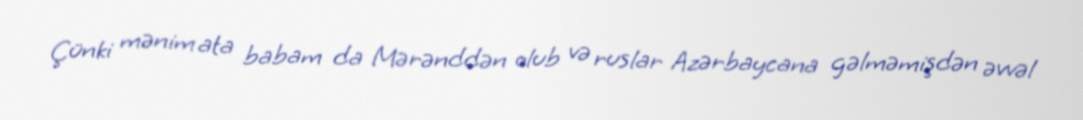
Çünki mənim ata babam da Mərənddən olub və ruslar Azərbaycana gəlməmişdən əvvəl